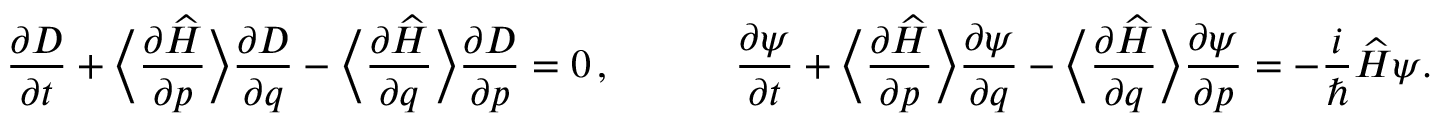
\frac { \partial D } { \partial t } + \bigg \langle \frac { \partial \widehat { H } } { \partial p } \bigg \rangle \frac { \partial D } { \partial q } - \bigg \langle \frac { \partial \widehat { H } } { \partial q } \bigg \rangle \frac { \partial D } { \partial p } = 0 \, , \qquad \quad \frac { \partial \psi } { \partial t } + \bigg \langle \frac { \partial \widehat { H } } { \partial p } \bigg \rangle \frac { \partial \psi } { \partial q } - \bigg \langle \frac { \partial \widehat { H } } { \partial q } \bigg \rangle \frac { \partial \psi } { \partial p } = - \frac { i } \hbar \widehat { H } \psi .